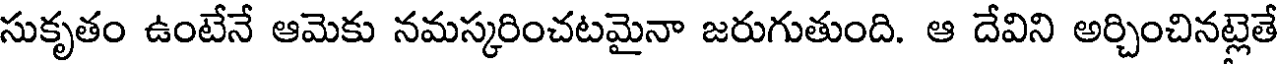
సుకృతం ఉంటేనే ఆమెకు నమస్కరించటమైనా జరుగుతుంది. ఆ దేవిని అర్చించినట్లెతే